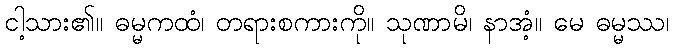
ငါ့သား၏။ ဓမ္မကထံ၊ တရားစကားကို။ သုဏာမိ၊ နာအံ့။ မေ ဓမ္မဿ၊